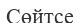
Сөйтсе